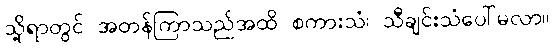
သို့ရာတွင် အတန်ကြာသည်အထိ စကားသံ၊ သီချင်းသံပေါ်မလာ။